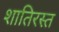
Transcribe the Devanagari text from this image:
शातिरस्त